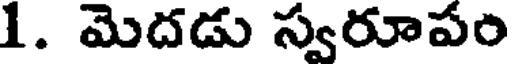
1. మెదడు స్వరూపం